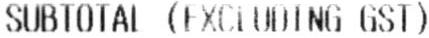
SUBTOTAL (EXCLUDING GST)